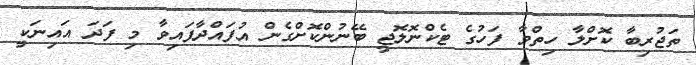
ތަޖުރިބާ ކޮށްލާ ހިތްވާ ފަހުގެ ޓެކްނޮލޮޖީ ބޭނުންކޮށްގެން އުފައްދާފައިވާ މި ފަދަ އައިނަކީ